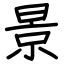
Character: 景